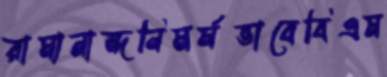
রামানান্দনিমর্মভাবেবিএম